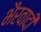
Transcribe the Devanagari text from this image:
भैरवादी